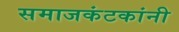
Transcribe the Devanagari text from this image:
समाजकंटकांनी